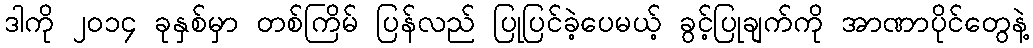
ဒါကို ၂၀၁၄ ခုနှစ်မှာ တစ်ကြိမ် ပြန်လည် ပြုပြင်ခဲ့ပေမယ့် ခွင့်ပြုချက်ကို အာဏာပိုင်တွေနဲ့